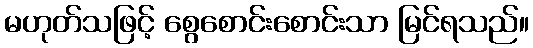
မဟုတ်သဖြင့် စွေစောင်းစောင်းသာ မြင်ရသည်။